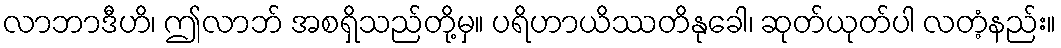
လာဘာဒီဟိ၊ ဤလာဘ် အစရှိသည်တို့မှ။ ပရိဟာယိဿတိနုခေါ၊ ဆုတ်ယုတ်ပါ လတံ့နည်း။